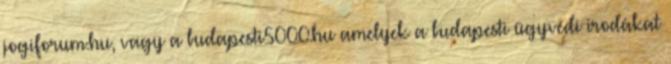
jogiforum.hu, vagy a budapesti5000.hu amelyek a budapesti ügyvédi irodákat